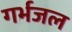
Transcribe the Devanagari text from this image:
गर्भजल